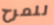
للمرح